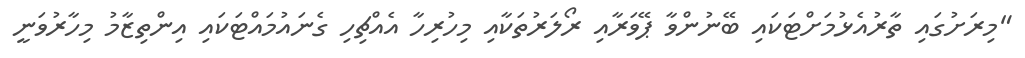
"މިރަށުގައި ތާރުއެޅުމަށްޓަކައި ބޭނުންވާ ޕޭވަރާއި ރޯލަރުތަކާއި މިހުރިހާ އެއްޗިހި ގެނައުމައްޓަކައި އިންތިޒާމު މިހާރުވަނީ